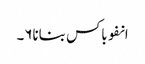
انفوباکس بنانا۶۔